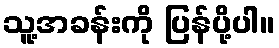
သူ့အခန်းကို ပြန်ပို့ပါ။